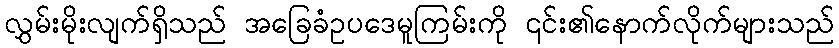
လွှမ်းမိုးလျက်ရှိသည် အခြေခံဥပဒေမူကြမ်းကို ၎င်း၏နောက်လိုက်များသည်